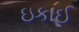
ઇકાઈ